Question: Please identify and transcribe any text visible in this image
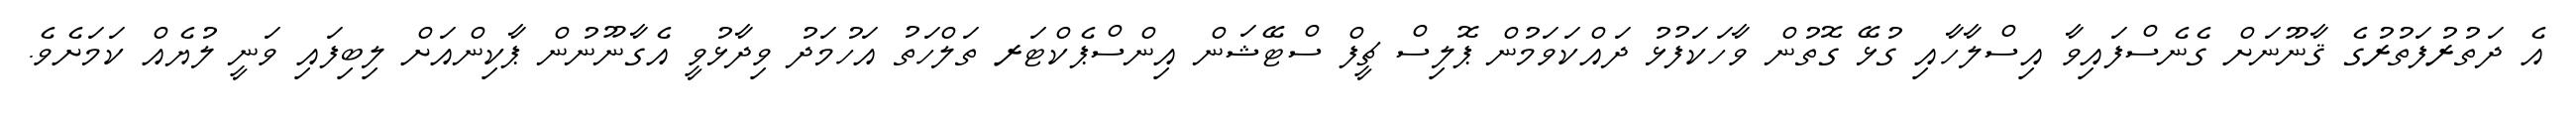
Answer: އެ ދަތުރުފަތުރުގެ ޤާނޫނަށް ގެނެސްފައިވާ އިސްލާހާއި ގުޅޭ ގޮތުން ވާހަކަފުޅު ދައްކަވަމުން ޕޮލިސް ޗީފް ސްޓޭޝަން އިންސްޕެކްޓަރ ތަލްހަތު އަހުމަދު ވިދާޅުވީ އެގާނޫނުން ޕާކިންއަށް ލިބިފައި ވަނީ ލުޔެއް ކަމަށެވެ.